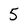
Character: 5